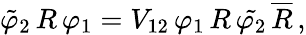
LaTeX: \tilde{\varphi}_{2}\, R\, \varphi_{1}=V_{12}\, \varphi_{1}\, R\, \tilde{\varphi_{2}}\, \overline{{{R}}}\, ,